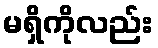
မရှိကိုလည်း